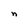
Character: n